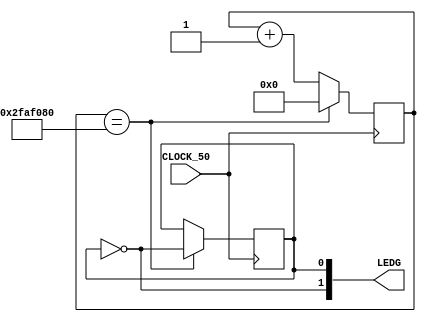
module values(input CLOCK_50,output [1:0]LEDG);
   
   reg [32:0] cont;
   reg light=0;
   
   assign LEDG[0] = light;
   assign LEDG[1] = ~light;
	
   always @(posedge CLOCK_50) begin		
      if(cont == 50000000) begin
		 light = ~light;
		 cont = 0;
      end else begin
		 cont <= cont+1;
	end
   end
   
endmodule
   
module test;

   reg CLK;
   wire [1:0]conectlight;
   
   values add(CLK,conectlight);
   
   always #1 CLK = ~CLK;
   
   initial begin
      $dumpvars(0,add);
      #0;
		CLK <= 0;
      #500000000;
      $finish;   
   end
endmodule